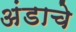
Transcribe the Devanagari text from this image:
अंडाचे